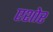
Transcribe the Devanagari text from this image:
एशोर